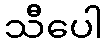
သီပေါ